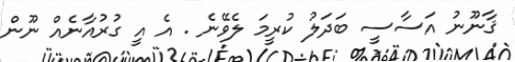
ޤާނޫނު އަސާސީ ބަދަލު ކުރީމަ ލެވޭނެ . އެ އީ ގުރުއާނެއް ނޫން